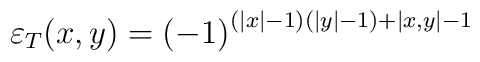
\varepsilon _{T}(x,y)=\left( -1\right) ^{\left( \left| x\right| -1\right) \left( \left| y\right| -1\right) +\left| x,y\right| -1}